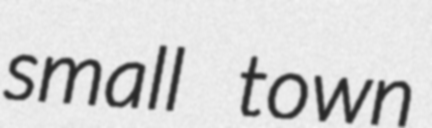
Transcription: small town